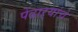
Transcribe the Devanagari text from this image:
पेंढाऱ्यांचे